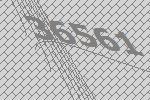
36561